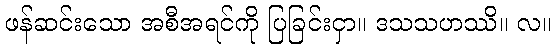
ဖန်ဆင်းသော အစီအရင်ကို ပြခြင်းငှာ။ ဒသသဟဿိ။ လ။